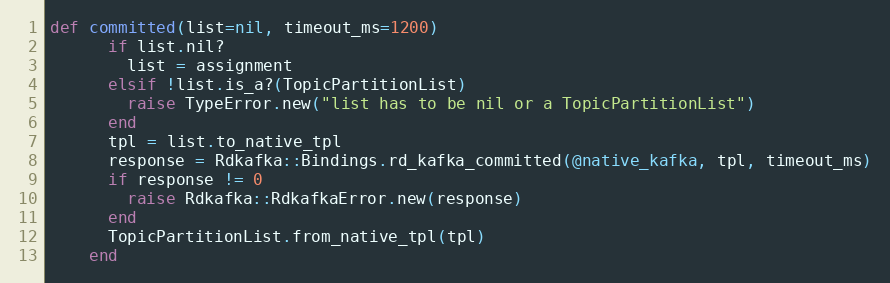
Language: Ruby
def committed(list=nil, timeout_ms=1200)
      if list.nil?
        list = assignment
      elsif !list.is_a?(TopicPartitionList)
        raise TypeError.new("list has to be nil or a TopicPartitionList")
      end
      tpl = list.to_native_tpl
      response = Rdkafka::Bindings.rd_kafka_committed(@native_kafka, tpl, timeout_ms)
      if response != 0
        raise Rdkafka::RdkafkaError.new(response)
      end
      TopicPartitionList.from_native_tpl(tpl)
    end